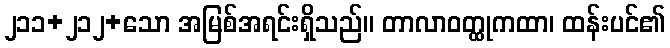
၂၁၁+၂၁၂+သော အမြစ်အရင်းရှိသည်။ တာလာဝတ္ထုကထာ၊ ထန်းပင်၏